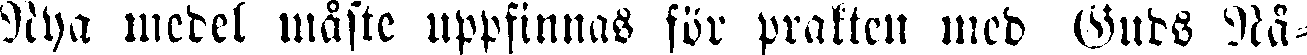
Nya medel måste uppfinnas för prakten med Guds Nå-